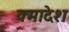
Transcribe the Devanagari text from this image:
क्मादेश